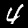
Digit: 4